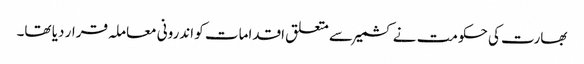
بھارت کی حکومت نے کشمیر سے متعلق اقدامات کو اندرونی معاملہ قرار دیا تھا۔